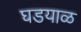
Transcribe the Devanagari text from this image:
घडयाळ